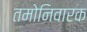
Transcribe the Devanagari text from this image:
तमोनिवारक